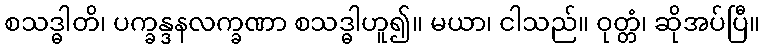
စသဒ္ဓါတိ၊ ပက္ခန္ဒနလက္ခဏာ စသဒ္ဓါဟူ၍။ မယာ၊ ငါသည်။ ဝုတ္တံ၊ ဆိုအပ်ပြီ။